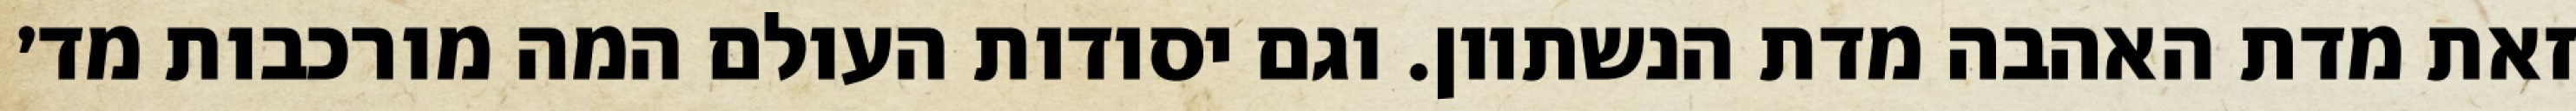
זאת מדת האהבה מדת הנשתוון. וגם יסודות העולם המה מורכבות מד׳